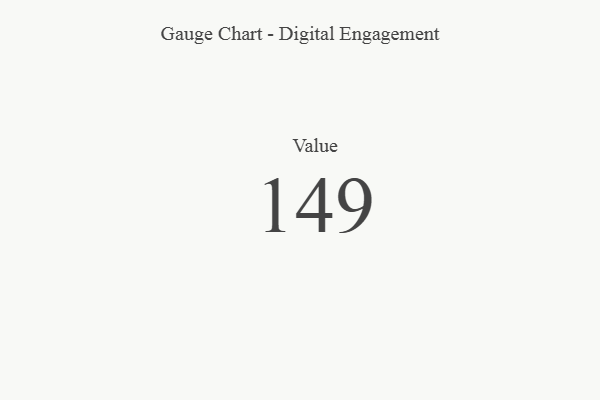
{"axis": {"x": "Metric", "y": "Value"}, "legend": [""], "data": [{"x": "Value", "y": 149, "type": ""}]}